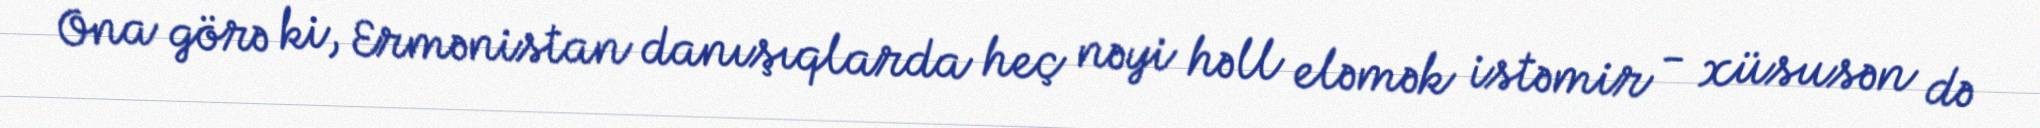
Ona görə ki, Ermənistan danışıqlarda heç nəyi həll eləmək istəmir - xüsusən də